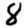
Digit: 8